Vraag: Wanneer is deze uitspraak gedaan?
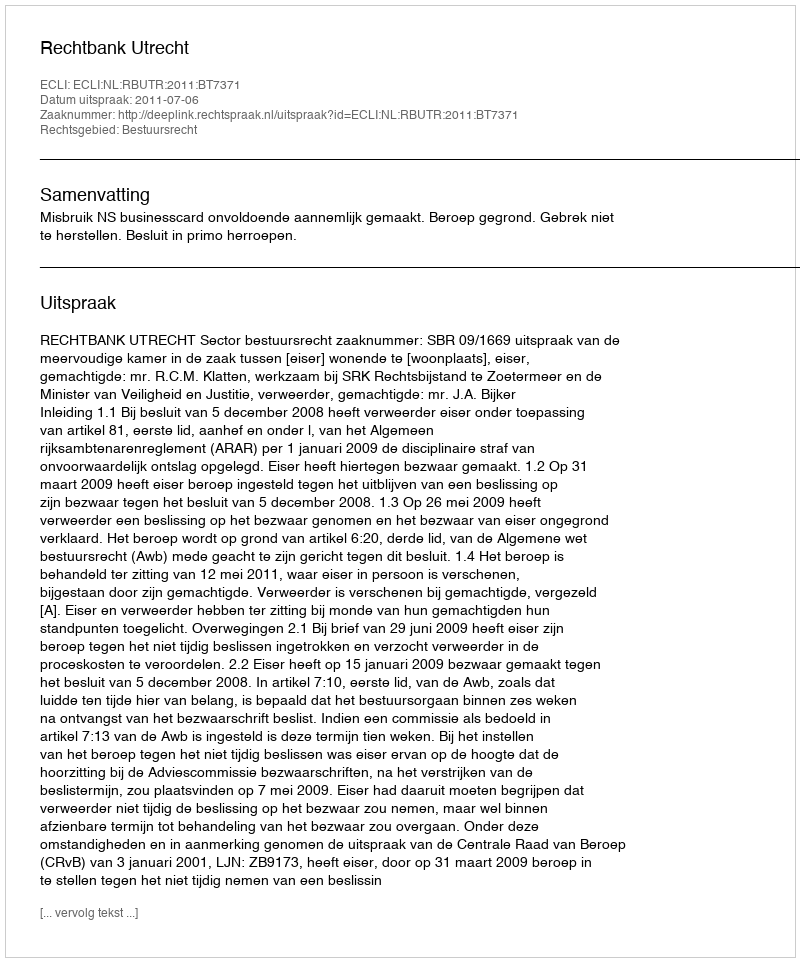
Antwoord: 2011-07-06